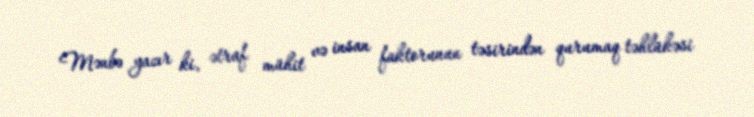
Mənbə yazır ki, ətraf mühit və insan faktorunun təsirindən qurumaq təhlükəsi